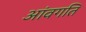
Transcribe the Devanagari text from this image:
आंवगति